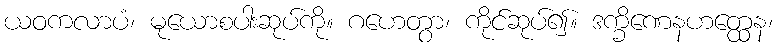
ယဝကလာပံ၊ မုယောစပါးဆုပ်ကို။ ဂဟေတွာ၊ ကိုင်ဆုပ်၍။ ဒက္ခိဏေနဟတ္ထေန၊